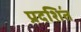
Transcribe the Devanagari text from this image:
प्रदशि॔त